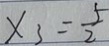
x _ { 3 } = \frac { 5 } { 2 }